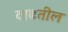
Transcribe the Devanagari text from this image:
वाढतील